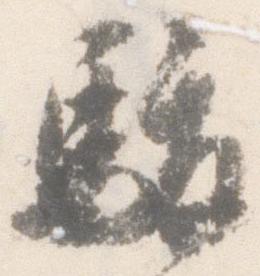
駿